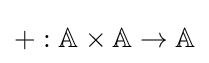
+:\mathbb {A} \times \mathbb {A} \to \mathbb {A}